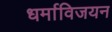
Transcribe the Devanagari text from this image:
धर्माविजयन